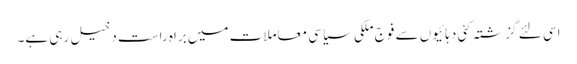
اسی لئے گزشتہ کئی دہائیوں سے فوج ملکی سیاسی معاملات میں براہ راست دخیل رہی ہے۔